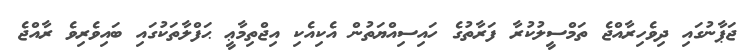
ޖަޕާނުގައި ދިވެހިރާއްޖެ ތަމްސީލުކުރާ ފަރާތުގެ ހައިސިއްޔަތުން އެކިއެކި އިޖްތިމާޢީ ޙަފްލާތަކުގައި ބައިވެރިވެ ރާއްޖެ